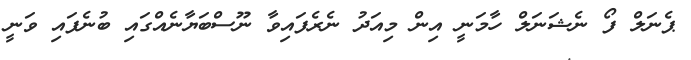
ޕެނަލް ފޯ ނެޝަނަލް ހާމަނީ އިން މިއަދު ނެރެފައިވާ ނޫސްބަޔާނެއްގައި ބުނެފައި ވަނީ